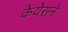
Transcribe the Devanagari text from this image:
केयेसने